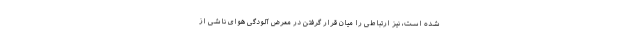
شده است، نیز ارتباطی را میان قرار گرفتن در معرض آلودگی هوای ناشی از